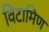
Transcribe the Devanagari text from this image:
विटामिण